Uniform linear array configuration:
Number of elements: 48
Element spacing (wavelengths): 0.5
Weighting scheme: kaiser
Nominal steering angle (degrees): -15
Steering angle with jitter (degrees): -14.697
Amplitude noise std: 0.05
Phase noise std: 0.05

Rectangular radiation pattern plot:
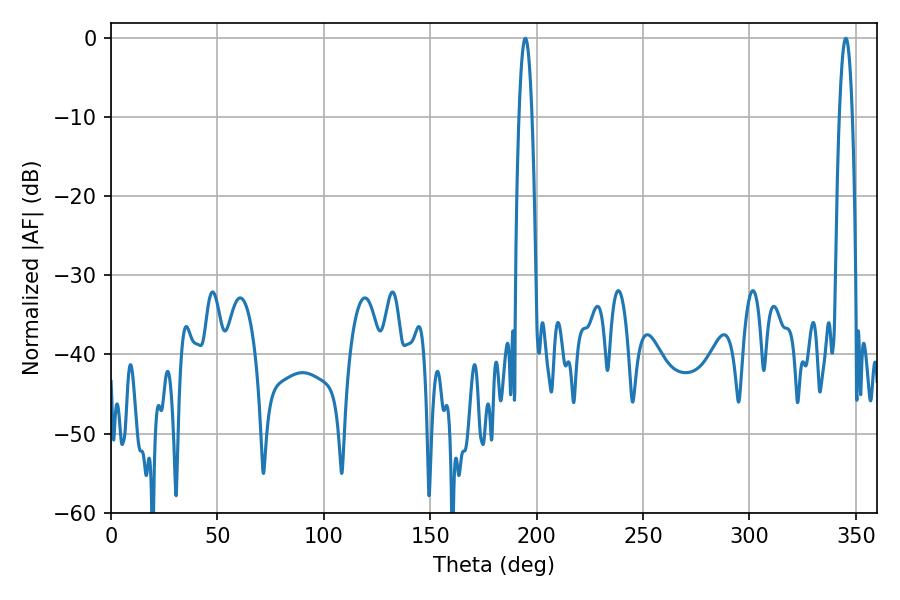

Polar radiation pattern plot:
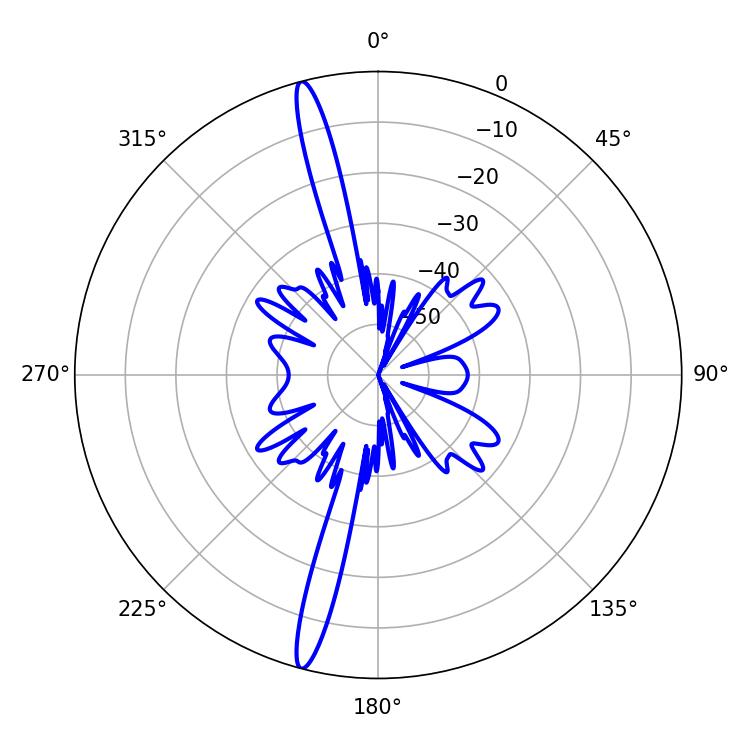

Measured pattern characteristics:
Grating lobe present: FALSE
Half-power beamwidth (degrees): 3.24
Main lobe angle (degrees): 345.24